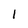
Character: 1